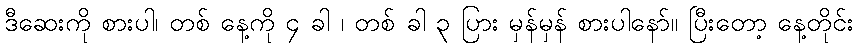
ဒီဆေးကို စားပါ၊ တစ် နေ့ကို ၄ ခါ ၊ တစ် ခါ ၃ ပြား မှန်မှန် စားပါနော်။ ပြီးတော့ နေ့တိုင်း